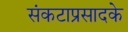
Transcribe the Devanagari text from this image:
संकटाप्रसादके